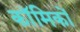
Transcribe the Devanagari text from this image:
काॅमिकों